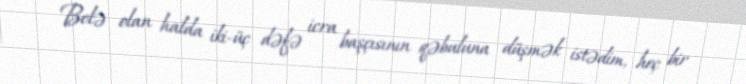
Belə olan halda iki-üç dəfə icra başçısının qəbuluna düşmək istədim, heç bir